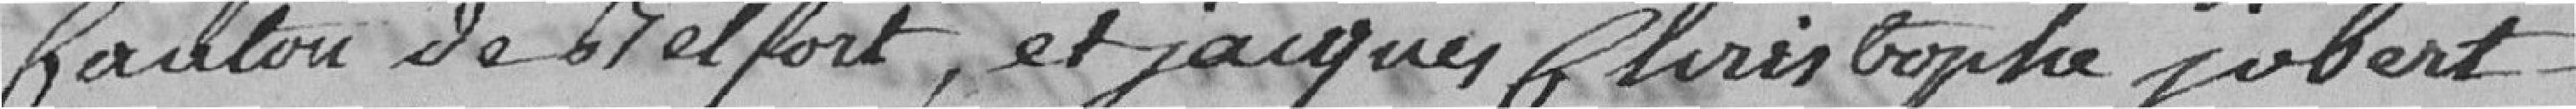
Canton de Belfort, et jacques Christophe jobert,